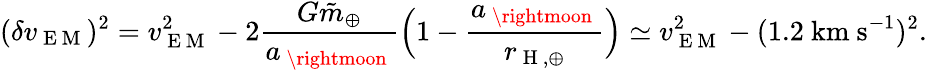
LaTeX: (\delta v_{\mathrm{~E~M~}})^{2}=v_{\mathrm{~E~M~}}^{2}-2\frac{G\tilde{m}_{\oplus}}{a_{\mathrm{~\rightmoon~}}}\Big(1-\frac{a_{\mathrm{~\rightmoon~}}}{r_{\mathrm{~H~},\oplus}}\Big)\simeq v_{\mathrm{~E~M~}}^{2}-(1.2~\mathrm{km~s}^{-1})^{2}.